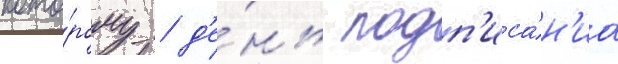
кото́рому / д'е́нь подп'иса́н'иа